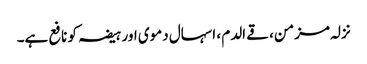
نزلہ مزمن، قے الدم ، اسہال دموی اور ہیضہ کو نافع ہے۔